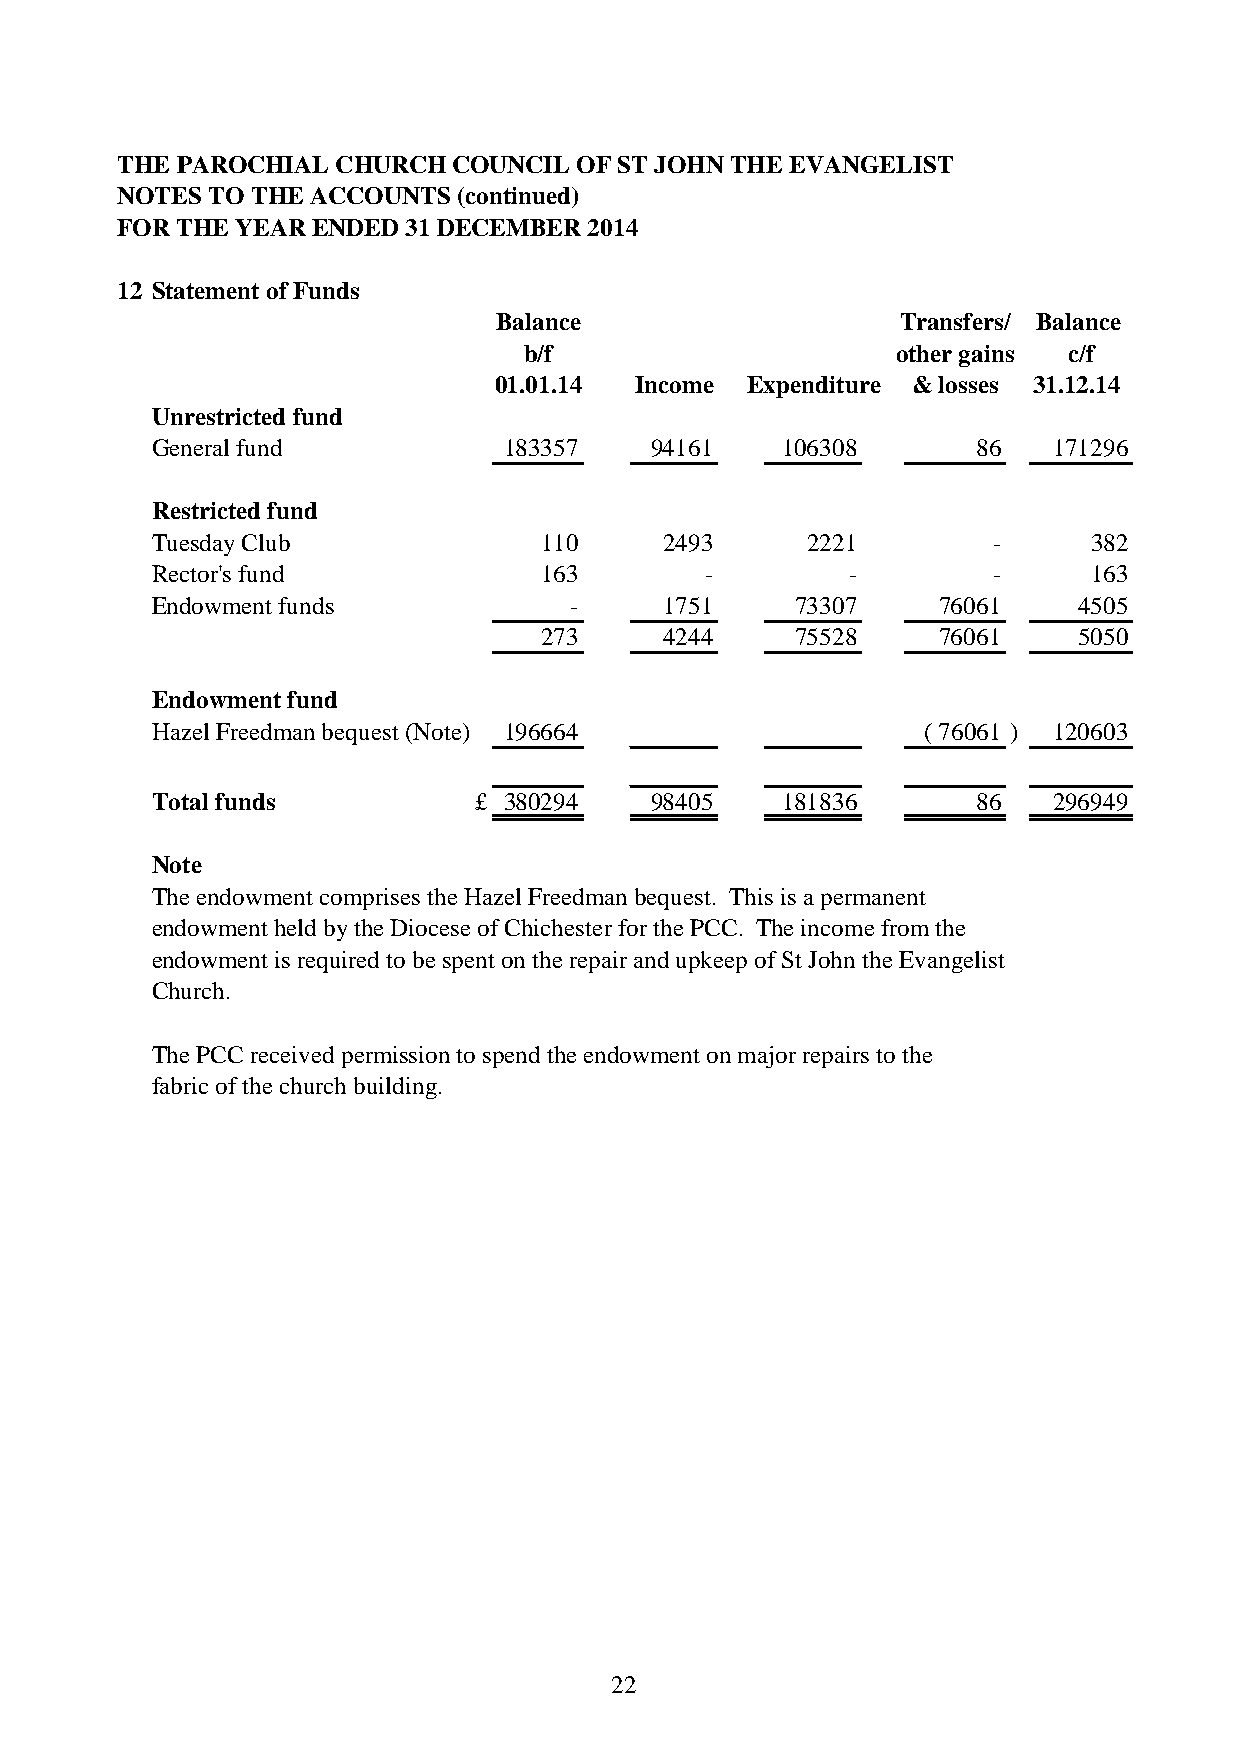
THE PAROCHIAL CHURCH  COUNCIL OF ST JOHN THE EVANGELIST
 NOTES TO THE ACCOUNTS (continued)
 FOR THE YEAR ENDED 31 DECEMBER 2014
 12 Statement of Funds
 Balance                    Transfers/ Balance
 b/f                     other gains c/f
 01.01.14 Income Expenditure & losses 31.12.14
 Unrestricted fund
 General fund           183357    94161    106308       86   171296
 Restricted fund
 Tuesday Club              110     2493     2221         -     382
 Rector's fund             163        -        -         -     163
 Endowment funds             -     1751     73307    76061    4505
 273     4244     75528    76061    5050
 Endowment fund
 Hazel Freedman bequest (Note) 196664               ( 76061 ) 120603
 Total funds          £ 380294    98405    181836       86   296949
 Note
 The endowment comprises the Hazel Freedman bequest. This is a permanent
 endowment held by the Diocese of Chichester for the PCC. The income from the
 endowment is required to be spent on the repair and upkeep of St John the Evangelist
 Church.
 The PCC received permission to spend the endowment on major repairs to the
 fabric of the church building.
 22